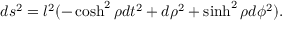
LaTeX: d s ^ { 2 } = l ^ { 2 } ( - \cosh ^ { 2 } \rho d t ^ { 2 } + d \rho ^ { 2 } + \sinh ^ { 2 } \rho d \phi ^ { 2 } ) .